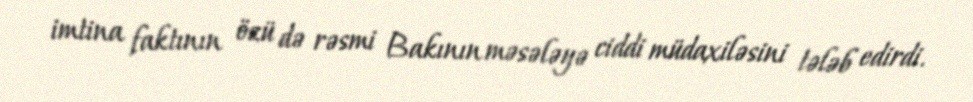
imtina faktının özü də rəsmi Bakının məsələyə ciddi müdaxiləsini tələb edirdi.